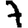
Digit: 7